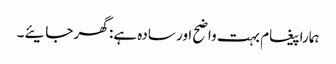
ہمارا پیغام بہت واضح اور سادہ ہے: گھر جایئے۔